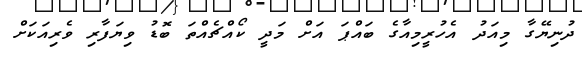
ދުނިޔޭގާ މިއަދު އެހުރީމިއާގެ ބައްޕަ އަށް މަދީ ކޯއްޗެއްތަ ބޮޑު ވިޔަފާރި ވެރިއަކަށް